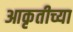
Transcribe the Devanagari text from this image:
आकृतीच्या